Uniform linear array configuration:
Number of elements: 4
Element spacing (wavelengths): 0.5
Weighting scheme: kaiser
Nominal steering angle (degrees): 15
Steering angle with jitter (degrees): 15.191
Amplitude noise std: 0.05
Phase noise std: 0.05

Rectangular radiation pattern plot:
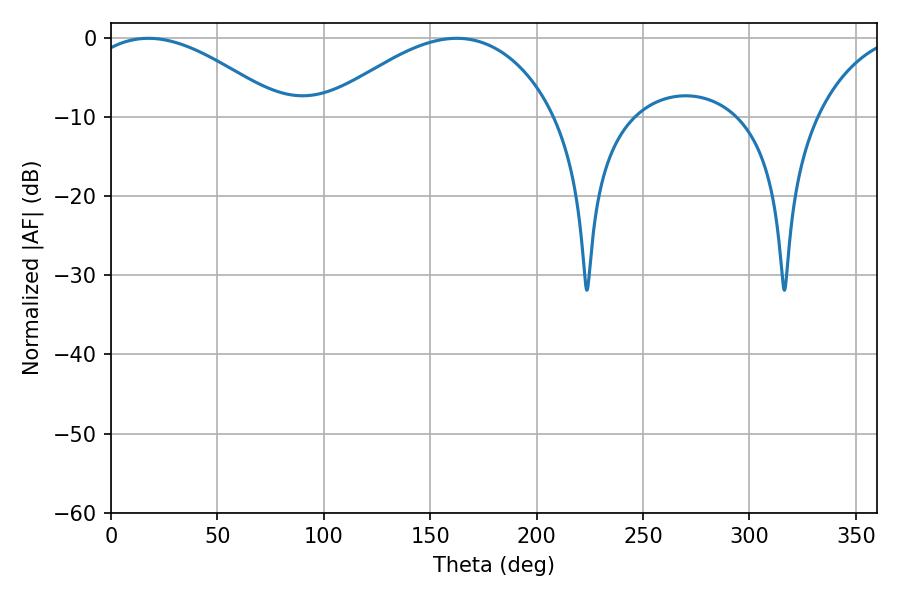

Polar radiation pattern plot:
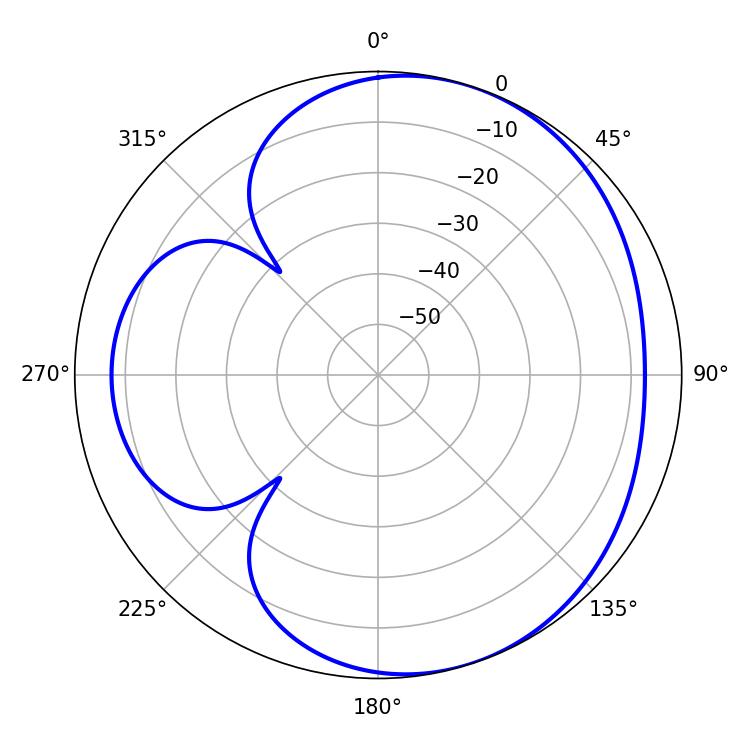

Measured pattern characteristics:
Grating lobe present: FALSE
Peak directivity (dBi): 4.547
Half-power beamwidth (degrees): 50.94
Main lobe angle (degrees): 17.46